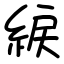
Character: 綟